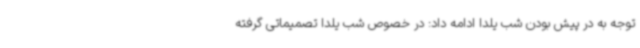
توجه به در پیش بودن شب یلدا ادامه داد: در خصوص شب یلدا تصمیماتی گرفته